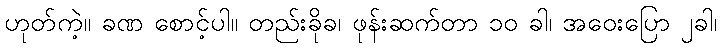
ဟုတ်ကဲ့။ ခဏ စောင့်ပါ။ တည်းခိုခ၊ ဖုန်းဆက်တာ ၁၀ ခါ၊ အဝေးပြော ၂ခါ၊